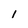
Character: 1